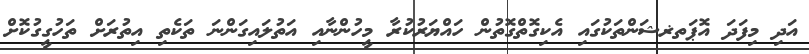
އަދި މިފަދަ އޮޕަތޜޝަންތަކުގައި އެކިގޮތްގޮތުން ހައްޔަރުކުރާ މީހުންނާއި އަތުލައިގަންނަ ތަކެތި އިތުރަށް ތަހުގީގުކޮށް